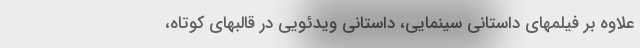
علاوه بر فیلمهای داستانی سینمایی، داستانی ویدئویی در قالبهای كوتاه،